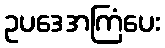
ဥပဒေအကြံပေး